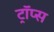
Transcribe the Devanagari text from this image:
ट्रॉप्स